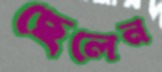
ছেলেন